Report on enteric fever
Disease focus: Fever
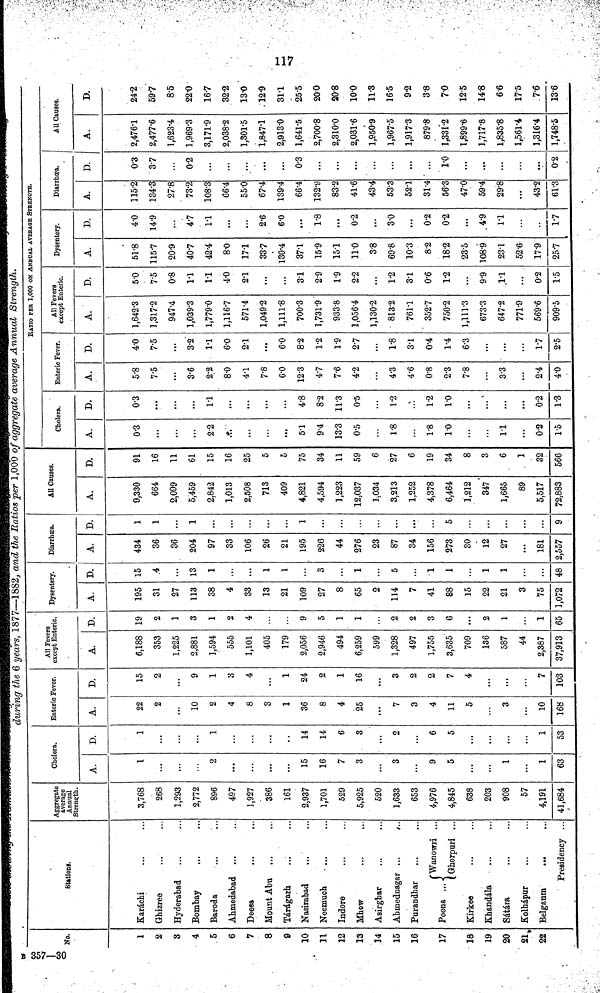
during the 6 years, 1877—1882, and the Ratios per 1,000 of aggregate average Annual Strength.
No.
1
2
3
4
5
6
7
8
0
10
11
12
13
14
15
16
17
18
19
20
21
22
Stations.
Karáchi
Ghizree
Hyderabad
Bombay
Baroda
Ahmedabad
Deesa
Mount Abu
Tárágarh
Nasirabad
Neemuch
Indore
Mhow
Asirghur
Abmednagar
Purandhar
Wanowri ...
Poona
Kirkee
Khandála
Sátára
Kolhápur
Belgaum
...
Presidency ...
Aggregate
average
Annual
Strength.
3,768
268
1,293
2,772
896
497
1,927
386
161
2,937
1,701
529
5,925
520
1,633
653
4,976
4,845
638
203
908
57
4,191
41,684
Cholera.
A.
1
...
...
2
...
...
...
...
15
16
7
3
3
...
9
5
...
1
1
63
D.
1
...
...
1
...
...
...
14
14
6
3
2
...
6
5
...
...
1
53
Enteric Fever.
A.
22
2
10
2
4
8
3
1
36
8
4
25
7
3
4
11
5
3
10
168
D.
15
2
9
1
3
4
...
1
24
2
1
16
3
2
2
7
4
...
7
103
All Fevers
except Enteric.
A.
6,188
353
1,225
2,881
1,594
555
1,101
405
179
2,056
2,946
494
6,259
599
1,328
497
1,755
3,635
709
156
587
44
2,387
37,913
D.
19
2
1
3
1
2
4
...
...
9
5
1
1
2
2
3
6
...
2
1
...
1
65
Dysentery.
A.
195
31
27
113
38
4
33
13
21
109
27
8
65
2
114
7
41
88
15
22
21
3
75
1,072
D.
15
4
...
13
1
...
...
1
1
...
3
...
1
...
5
...
1
1
...
1
1
...
...
48
Diarrhoœa.
A.
434
36
36
204
97
33
106
26
21
195
226
44
276
23
87
34
156
273
30
12
27
...
181
2,557
D.
1
1
...
1
...
...
...
...
...
1
...
...
...
...
...
...
...
5
...
...
...
...
9
All Causes.
A.
9,330
664
2,099
5,459
2,842
1,013
2,508
713
409
4,821
4,594
1,223
12,037
1,034
3,213
1,252
4,378
6,464
1,212
347
1,665
89
5,517
72,883
D.
91
16
11
61
15
16
25
5
5
75
34
11
59
6
27
6
19
34
8
3
6
1
32
566
Cholera.
A.
0.3
...
...
...
2.2
...
...
...
...
5.1
9.4
13.3
0.5
1.8
...
1.8
1.0
...
1.1
0.2
1.5
D.
0.3
...
...
...
1.1
...
...
...
...
4.8
8.2
11.3
0.5
1.2
...
1.2
1.0
...
...
0.2
1.3
RATIO PER 1,000 ON ANNUAL AVERAGE STRENGTH.
Enteric Fever.
A.
5.8
7.5
...
3.6
2.2
8.0
4.1
7.8
6.0
12.3
47
7.6
4.2
4.3
4.6
0.8
2.3
7.8
33
2.4
4.0
D.
4.0
7.5
...
3.2
1.1
6.0
2.1
...
6.0
8.2
1.2
1.9
27
1.8
3.1
0.4
1.4
6.3
...
1.7
2.5
All Fevers
except Enteric.
A.
1,642.3
1,317.2
947.4
1,039.3
1,779.0
1,116.7
571.4
1,049.2
1,111.8
700.3
1,731.9
933.8
1,056.4
1,130.2
813.2
761.1
352.7
750.2
1,111.3
673.3
647.2
771.9
569.6
909.5
D.
5.0
7.5
0.8
1.1
1.1
4.0
2.1
...
...
31
2.9
1.9
2.2
...
1.2
3.1
0.6
1.2
...
9.9
1.1
...
0.2
1.5
Dysentery.
A.
51.8
115.7
20.9
40.7
42.4
8.0
171
337
130.4
37.1
15.9
15.1
11.0
3.8
69.8
10.3
8.2
18.2
23.5
108.9
23.1
52.6.
17.9
25.7
D.
4.0
14.9
...
4.7
1.1
...
...
2.6
6.0
...
1.8
...
0.2
...
3.0
...
0.2
0.2
...
4.9
11
...
1.7
Diarrhœa.
A.
115.2
134.3
27.8
73.2
108.3
66.4
55.0
67.4
139.4
66.4
132.9
83.2
41.6
43.4
533
52.1
31.4
56.3
47.0
59.4
29.8
...
43.2
6V3
D.
03
3.7
...
0.2
...
...
...
...
...
0.3
...
...
...
...
...
...
...
1.0
...
...
...
0.2
All Causes.
A.
2,476.1
2,477.6
1,623.4
1,969.3
3,171.9
2,038.2
1,301.5
1,847.1
2,913.0
1,641.5
2,700.8
2,310.0
2,031.6
1,950.9
1,967.5
1,917.3
879.8
1,331.2
1,899.6
1,717.8
1,835.8
1,561.4
1,316.4
1,748.5
D.
24.2
59.7
8.5
22.0
16.7
32.2
130
12.9
31.1
25.5
200
20.8
10.0
11.3
16.5
9.2
3.8
70
12.5
14.8
6.6
17.5
7.6
136
B 357.30